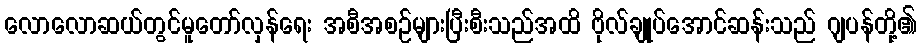
လောလောဆယ်တွင်မူတော်လှန်ရေး အစီအစဉ်များပြီးစီးသည်အထိ ဗိုလ်ချုပ်အောင်ဆန်းသည် ဂျပန်တို့၏